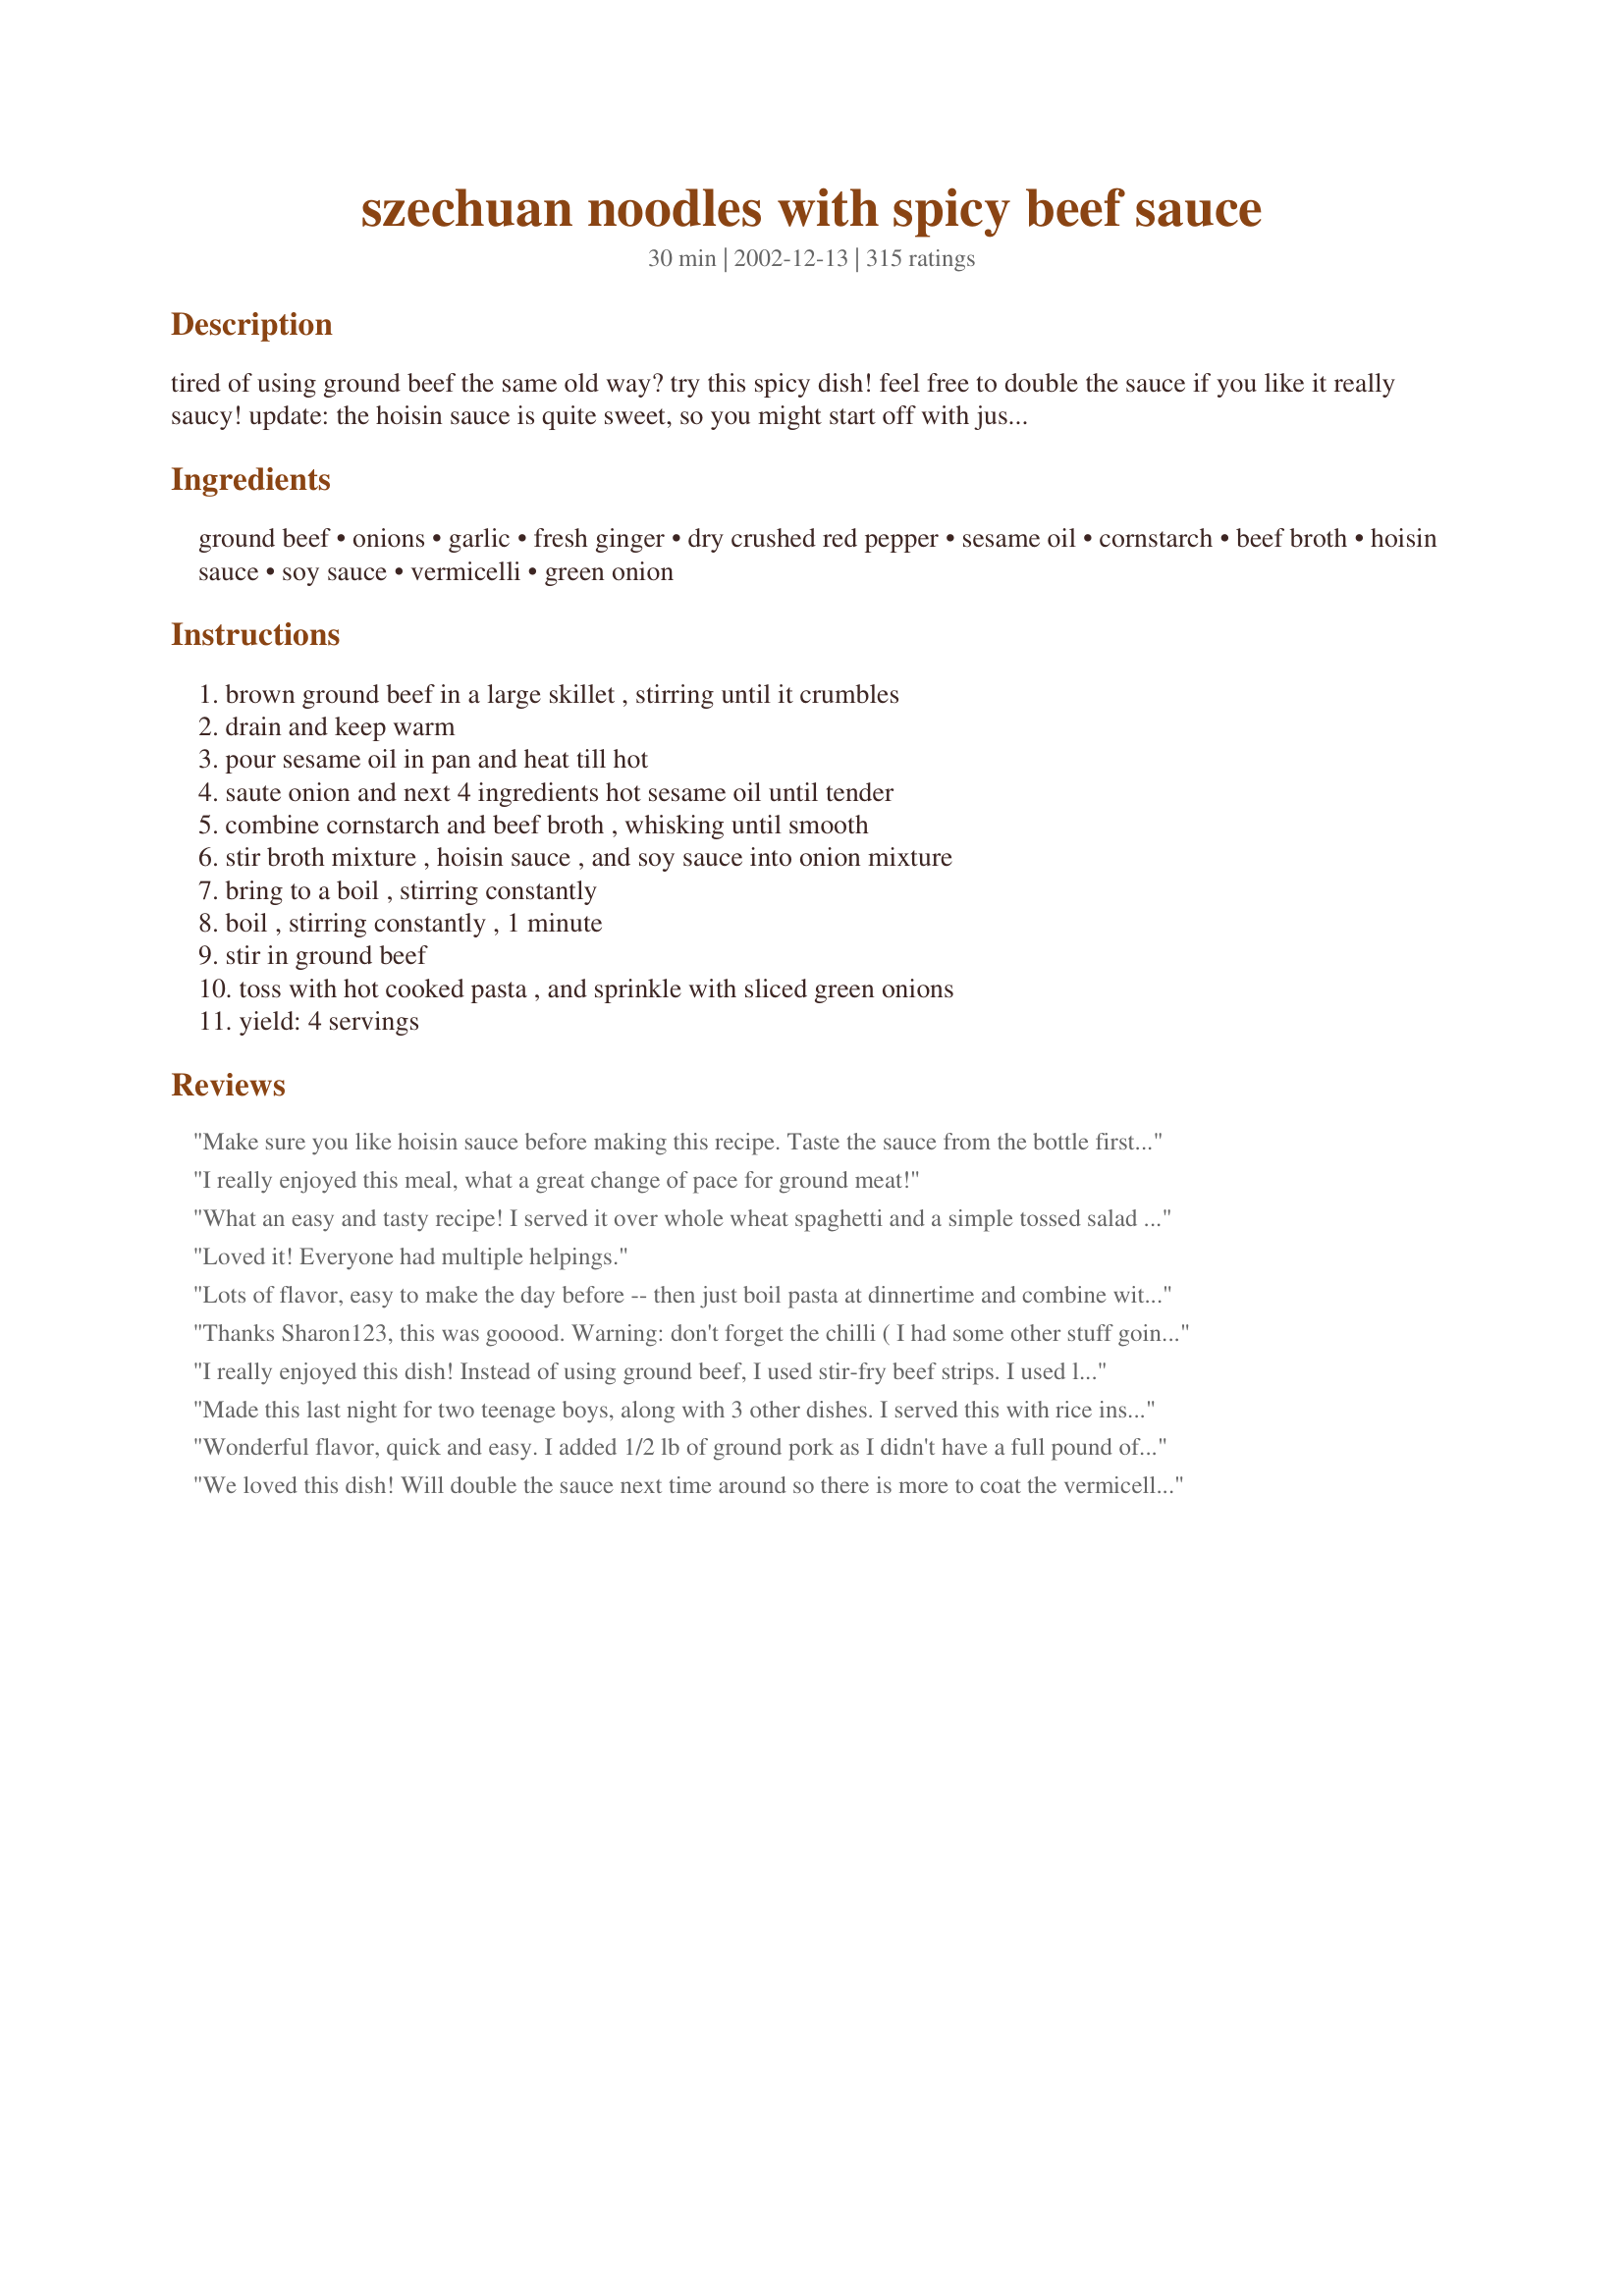
szechuan noodles with spicy beef sauce
Preparation time: 30 minutes

tired of using ground beef the same old way? try this spicy dish! feel free to double the sauce if you like it really saucy! update: the hoisin sauce is quite sweet, so you might start off with just a little and work your way up!

Ingredients:
ground beef, onions, garlic, fresh ginger, dry crushed red pepper, sesame oil, cornstarch, beef broth, hoisin sauce, soy sauce, vermicelli, green onion

Steps:
brown ground beef in a large skillet , stirring until it crumbles, drain and keep warm, pour sesame oil in pan and heat till hot, saute onion and next 4 ingredients hot sesame oil until tender, combine cornstarch and beef broth , whisking until smooth, stir broth mixture , hoisin sauce , and soy sauce into onion mixture, bring to a boil , stirring constantly, boil , stirring constantly , 1 minute, stir in ground beef, toss with hot cooked pasta , and sprinkle with sliced green onions, yield: 4 servings

Reviews:
Make sure you like hoisin sauce before making this recipe. Taste the sauce from the bottle first. I'm sure if you like hoisin, this is fantastic. However, if you find the taste of the sauce from the bottle is not your preference, this dish may not be for you.
I really enjoyed this meal, what a great change of pace for ground meat!
What an easy and tasty recipe! I served it over whole wheat spaghetti and a simple tossed salad with oil/vinegar and a little grated Parm, and it made for a delicious supper. I used a teaspoon of red chili flakes and that was just right for us heat-wise; I think, though, that I might back of the hoisin a little next time (add more soy?), especially since the DH has diabetes and should stay away from the sweet stuff. But I will certainly make it again.
Loved it! Everyone had multiple helpings.
Lots of flavor, easy to make the day before -- then just boil pasta at dinnertime and combine with the sauce. I also used a Ziploc Zip 'n Steam bag to steam a bag of frozen stirfry vegetables and combined them with the sauce right before plating. It lightened the dish and added some much-needed color -- and nutrition.
Thanks Sharon123, this was gooood. Warning: don't forget the chilli ( I had some other stuff going on! ) as the sauce is quite sweet without that nice bit of heat. Too easy!
I really enjoyed this dish! Instead of using ground beef, I used stir-fry beef strips. I used linguine, but next time I'll use the vermicelli. I'm not a big ginger fan, but this was the right amount. The flavor was wonderful and it made alot! I shared with a friend at dinner and took left overs to my mom's house. They enjoyed it too!
Made this last night for two teenage boys, along with 3 other dishes. I served this with rice instead of noodles, and it went together splendidly. This was the dish that was finished first, so it seems that they loved it. Very simple to make. Thank you for posting.
Wonderful flavor, quick and easy. I added 1/2 lb of ground pork as I didn't have a full pound of beef. I also added 1/4 c oyster sauce and an extra 1T soy to cut the sweetness of the hoisin. I deleted the red pepper to make it child friendly, and cut up a red bell pepper. Add some siracha and its an awesome dinner. Thanks!
We loved this dish! Will double the sauce next time around so there is more to coat the vermicelli. I used a little extra of the aromatics (onion, ginger, garlic, red pepper) Sweet, spicy, delicious!
this was VERY good-- and I tweaked it to make it a bit more healthy and the kids and my husband liked the plates clean. I used ground turkey and stir-fried 3 heads of broccoli, a box of fresh mushrooms, and some water chestnuts into it. I served it over whole wheat noodles. My husband even asked me to bring it to a potluck. thanks for a great change of pace with ground meat



UPDATE:

My husband made this for the firehouse on his duty day and they loved it and even asked for the recipe. Try this one!
We enjoyed this recipe. Unique flavor. Very easy. Served with soba noodles and snow peas. thanks!
Very good, we also cut down on the hoison sauce. We were very happy with this dinner and call the recipe a &quot;keeper&quot; so that we can make it again.
This is GREAT! What an awesome way to use ground beef! I omitted the red pepper flakes since my heat-sensitive son was eating it, and I left out the green onions. I did everything else as directed. My onion-hating son chowed it down, and my ground beef-hating son did as well! An all-around winner! Thanks!
Made it exactly as listed and it was delicious. It was so easy and yet so yummy!
very simple and the family liked it very much. suggestions: the sauce was very thick, so i would halve the cornstarch for a lighter sauce. I also feel it could use something crunchy, so perhaps matchstick carrots, or some shredded cabbage with the onions, or some nuts at the end. Will make again.
Very quick and delicious weeknight meal.
This was a real good quick fix. I made this on a night that I forgot we had soccer practice and it came together in less than 30 min. I was afraid to use so much crushed red pepper for the kids so I just used a pinch. If you can avoid doing that, I would suggest it. It would have been much better spicy but as it was, we all enjoyed it and even the boy ate a full serving. I cut the onion in thin wedges instead of chopping to make it prettier and next time I'll add some bamboo shoots for added crunch but over all. Some reviewers found it to be to sweet. We didn't experience that at all.
Sooo yummy...followed exact recipe except adjusted the red pepper to 3/4 tsp because of the kids...will double ingredients next time because everyone loved it, including my 1 year old..thanks for posting!
I made this recipe as is. I have not cooked with hoisin sauce before so I was a tad skeptical. Before I added the beef &amp; noodles I made my husband taste the sauce. If it was not good I was going to make something else and I did not want to waste noodles &amp; beef. He said it was awesome and kept tasting it. I was shocked because I did not think it would be as good as it was! If you want something new... OMG!! TRY THIS RECIPE! That hoisin sauce is going to become my new dipping sauce. Now I need to find spicy sesame oil and try it with oyster sauce as recommended by other reviews. My picky eater husband commented that he wants this in our rotation!! Thanks for the great recipe!
Very tasty! Next time might cut back a bit on the sesame oil. Did add a little brown sugar at the end for a little sweetness. Thanks for sharing this good recipe!
I can see this recipe quickly becoming one of my favorites! I used lite soy sauce to cut down on the sodium. I only used 3/4 tsp. of the dry crushed pepper, so as to not make it too hot for the kids, and I doubled the recipe for the 6 of us and there was about enough left over for a small lunch. Guess what I'll be having today :) This is going in a safe place so I know where it is at all times! Thank you for sharing it with us Sharon! Linda
This was good but I think I need to tweak it a bit for it to become a favorite. I didn't care much for the sweetness of the hoisin sauce so I think I may leave it out all together next time. I love cooking with fresh ginger though so I'll definitely have to try this one again when my husband isn't sick and can handle the kick of spice! I think it had the right amount of red pepper in it, but I may decrease it next time since it won't have the sweetness of the hoisin to temper the heat.
Simple to make. Tastes great. And in 32 years of marriage I've never seen my husband lick his plate until now. So this is definitely a keeper! I served this over rice and sprinkled pine nuts on top, otherwise I followed the recipe exactly. Sharon, thanks for sharing this great recipe!
I loved this! Got it a bit hot but, it was very good. I did not have the hoisin sauce. I used a substitution recipe for housing on another site that had peanut butter in it. I really enjoyed the peanut butter undertones with the heat.
This recipe was AWSOME! I desglazed the pan with a little rice viniger once I drained the beef. I also added a tablespoon of sugar to make it a little on the sweet side. So it was Sweet, Sour, Spicy and Tangy all at once! EXCELLENT!!!
Delicious! My husband and I love this sweet and spicy dish and it's a breeze to make. I also like that the ingredients are pretty basic. Try it with sliced steak. Adding sesame oil before serving makes it even better.
This is so yummy. Very spicy, very easy, very quick. A great use of ground beef.
I had to add a bit of oyster sauce to the hoisin to make up the amount I needed (I doubled the spicy beef part). I used 1 tsp of crushed red pepper which was plenty. A nice Asian recipe.
5 plus stars! Didn't know if I'd like hoisen sauce so used oyster sauce... yummy!, OMG! Doubled the sauce, sauted carrots with onions..added fresh red, green peppers and braccoli after every thing was mixed, I followed instructions and could not beleive how simple it was to make DH does NOT like leftovers and he made a plate shortly after he came home from work the next day! That speaks volumes about this recipe, I am now going to creep at SarasotaCook's other recipes!
This was a really simple dish to make. The heat was just right. I found it a little dry so I added a little soy sauce at the table.
Made this last night, only change was to use rice noodles. We loved it! It was tasty, cheap, easy and super fast, once you got everything out on the counter, even faster with the rice noodles which don't need to cook. It will be a keeper. I made it with very good quality ground steak--just yummy!
I used spaghetti noodles, and left out the green onions, but otherwise followed the recipe exactly. Nice change from regular ground beef/pasta dishes!
We had this for dinner tonight. We thought it was really good. I first doubled all the ingredients other then the hoisin sauce and red pepper. We didn't think it had enough sauce though so I then tripled the sauce. This suited our tastes and we all thought it was good. I also didn't add the green onions on top as my kids wouldn't have eaten then :)
What this does to plain old ground sirloin is unreal....I was told this was orgasmic....so I take that as good....will be making this often with the reaction I got from it...haha
We loved this. I added lots of bok choy & next time will also add mushrooms. Very spicy and very good. Added slightly less hoisin sauce as it can be overpowering. Update: I make this at least 3 times a month because my husband loves it so much. We add whatever veggies are in the house, double the sauce, and up the garlic. GREAT, quick weekday meal!
I enjoyed the flavors of the noodles, but really did not enjoy the ground beef in this. Perhaps I will try it again with steak.
Excellent flavor; extremely similar to a dish I order frequently at a local asian noodle house. Please I can now make this at home instead of going out! Extremely easy and economical to make. The only adjustments I made were making it a little spicier and didn't have green onions on hand, finely sliced shallots worked great.
I was reluctant to try this because it just didn't sound good. I was pleasantly surprised. My husband, who doesn't like spaghetti, called this the best spaghetti he's ever eaten. Thanks for something else to do with ground beef!
Very good and enjoyable dish. Added some green pepper and cabbage, tasted great. It's a definite keeper for those nights when you need a quick easy meal. Thanks for posting.
YUUUUMMMMY! I made it last night and served it over rice and it was fantastic! I decreased the amount of hoisin sauce slightly to suit our taste because hoisin sauce can be very sweet. It was fast and simple to make. I will be making this again soon and will take up the suggestion of other reviewers to make a batch and freeze for quick dinners on busy nights. Thanks for the keeper recipe!
Quick easy and delish! Had everything on hand except the hoisin, but found a good one on line. I was out of sesame oil so just used extra virgin olive oil. cant wait to make this with the sesame because I love it's flavor. Thanks for sharing.
great! would love to make again and again. nest time i want to serve with a cucumber salad to cut the heat
Fantastic. Had a package of ground beef and couldn't think of how to use it. That problem's solved. I only put in 2 Tablespoons of the hoisin sauce, and it tasted fine. I wouldn't put any more in though. Very fast cook up. I julienned a small sweet pepper into it which was great. No leftovers in the house!
I only gave this 4 stars becasue after making the sauce and tasting it, I really expected it to be sweeter and so I was a bit put off by the taste. I added 3 packets of Splenda and that fixed it for me. I also left out the green onions my DH can't digest, used a Low Carb thickener instead of cornstarch and used Dreamfield's pasta for a low(er) carb version. This turned out to be really good! I'm sure we'll have this again soon.
Wow this is very good! I was impressed! I am goign to try it again with TVP instead of beef. Thanks for the addition to our dinners.
Made this oh so wonderful dish and LOVED IT!!! With that many great reviews, I knew it would be my kind of dish!!! Loved the spices!! Served it with vermicelli the first night and heated the leftovers and served with some basmati rice. Thanks Sharon! :)
Great recipe! Easy to make and we loved it. I didn't have any hoisin sauce so I substituted oyster sauce. Very good results. Next time I might try the hoisin sauce. This recipe is a definite keeper. Thank you for sharing!
Loved the flavor! I served it over rice noodles. I think next time I will try sliced beef, and maybe add some veggies.
This was very quick and easy to throw together. It packed in a lot of flavour and a nice level of spice. Made exactly as stated and thought there was plenty of sauce. Yum. Thanks Sharon!
What can I say that 190 other people haven't said? I fixed this tonight and both my husband and I loved it. I doubled the sauce but stuck with the 1/3 cup of hoisin sauce and it was just right for us. I added some broccoli florets while the sauce was cooking. This recipe makes a lot so I'm going to freeze the rest for another meal.
Good, good, good!
I made this for dinner last night and we both enjoyed it very much.
I doubled the garlic, and used cantonese style chow mein noodles in place of the vermicelli. Other than that, I followed the recipe to a T. We enjoyed the spicyness of this dish. Thanks Sharon 123
I couldn't wait to try this recipe and made it last weekend for company. Everyone really liked it and wanted the recipe. I made it with Jasmine rice instead of the noodles, and it was great. Thank you Sharon!
I really liked this. I wondered why this was more sweet than spicy, then realized that I had forgotten to add the red pepper. Even then, it tasted great!
Very good! My family is not a big ground beef fan so I cut up thin round steak into strips, browned them with the onions, garlic & ginger and used this sauce with the noodles and beef. This goes on the "make again" list!
This has such great flavor! Fast & easy, too! I had to reduce the red pepper to 1/2 teaspoon so it wouldn't be too spicy for Mark. Also took the liberty of adding a can of sliced water chestnuts with great results. Thanks, Sharon, this is a great weeknight keeper!
We ABSOLUTELY LOVED IT! It was such a different thing to do with hamburger. And it was simple and quick. I would totally do it with a sliced beef, such as flank, or round steak. I didn't have any fresh ginger, and could not find it in the grocery store, so I used the ground ginger I have. I used alot more garlic, like 2 tablespoons, cause we love garlic (well, I do, because Husband said "I know you put more garlic then required!"), I used minced garlic from the jar. I also used about 2 tablespoons of dry crushed red pepper flakes, because we like heat.. Instead of vermicelli pasta, I used whole wheat spaghetti. I cooked my onion, garlic and red pepper flakes with my hamburger. Lastly, as others mentioned, the directions did not say where to add the sesame oil? So I added it after I tossed everything into the hamburger, and added the pasta last. This was a quick no hassle meal. The kind I like to do on a Saturday if we do not order out. Thank you for sharing!
yummy
We loved this quick, tasty dish! It is slightly sweet from the hoisin, a little spicy, and has the perfect amount of sauce for our tastes. I used ground turkey instead of ground beef and whole wheat spaghetti noodles instead of vermicelli. I also added some shredded napa cabbage and thinly julienned red pepper for a little more nutrition. I also was not sure when to add the sesame oil since it is not mentioned in the instructions, but tossed the cooked noodles in the sesame oil before adding it to the pan and tossing everything together. This was a fantastic, quick an easy one dish meal that everyone in the family enjoyed. Thank you for a definite keeper!
This is great, easy to make and the whole family liked it! I served some to my kids before adding the red pepper. My husband I added extra to ours. I also added sliced water chestnuts because I love the crunch! Very Good!
I've made this several times now, and it is really good, but sometimes it can be a little oily and I need to watch the salt in the soy and fish sauce, (hence 4 stars instead of 5). I have made it with rice, noodles, and once with steamed cabbage, (which would be good for people watching their carbs). I like to garnish this dish with the spring onions and sesame seeds. It can be stretched out to feed a lot of people, re-heats beautifully and is a really different way to use ground beef. A really good recipe to have in my collection, thanks!
All I could taste was hoisin sauce.. which was not my favorite.. I was skeptical before I made this, but thought I should try cause many people liked it... but I didn't like it at all.. waste of ground beef, and everything... good thing I didn't cook the pasta yet.. sorry..
Delicious! What a great new way to do something interesting and easy with ground beef. My 12 year old son helped with the dish, and he served it with pride as the rest of the family ate it up!
Quick, easy and delicious. This was really good, we liked the different flavor it had and it's such a good way to use chop meat. It's a keeper here. Thanks Sharon
We ate this for dinner tonight, it was pleasantly good. Nothing to die for, but can put it on my regular meal rotation. Thanks!
I really enjoyed this recipe and thought it was very flavorful, while being easy to prepare. I did not have a problem with the sauce yield, as mentioned by other reviewers. Definitely a keeper!
Very tasty and quick to prepare!
I made this pretty much identical to the original recipe (minus onions) and while I will try it again, I think it needs a little work. Probably a 4-4 1/2 star. It was a little bit hot, but I used the higher amount of red pepper, so I'll probably cut that back next time. And I think it could use some more veggies, maybe some peas and carrots, or some bell peppers. Other than that, it was very good and tasty!
Great recipe. My household prefers a bit of 'pep' in dishes so I added a tablespoon of dry sherry and a couple of chopped, deseeded red chillis. Very quick, easy and economical recipe so will be doing again. Thanks!
Great recipe.. very delicious, easy to throw together and quick, too. Thanks Sharon!
This was quite good and a different use for ground beef (or turkey, or chicken etc). Thank you Sharon for sharing the recipe.
This was so good! Normally, nothing is spicy for me, but this was! (A good thing!) I used 1 teaspoon crushed red pepper, and substituted the fresh ginger with a proportional amount of ground ginger (dried). I think that I had a cup's worth of beef broth (1/4 cup more didn't make a difference). I was bummed that I couldn't find hoisin sauce anywhere, but was happy to find that others used oyster sauce (I used a little less than 1/3 cup). Also, I used about 1 teaspoon of sesame oil. Ooh I just loved the results! I can't wait to get my hands on some hoisin sauce and see how that tastes! This dish was super easy to prepare, and was done in no time at all. Thanks for posting! I will be making this again and again!
I made this last night and my fiance was still talking about it this morning! I used 2 tsp crushed red pepper (we like it really spicy) and added a julienned red bell pepper when cooking the onions. I was out of fresh ginger and substituted ground but it was still excellent! The vermicelli noodles were really good - we eat a lot of rice so it was a nice change. This was very easy and a great way to cook ground beef. I will be making again soon. Thanks Sharon!
What a great flavor! This came out fantastic--the meat turns out soooooo good! I gave it 4 stars instead of 5 because it really wasn't very saucy. I think next time I will either double the sauce, or add water to the beef broth mixture. Thank you for this recipe.
I've made this three times now, once with green onion and twice without, and all three times using spaghetti instead of vermicelli. It works great as an alternative meat sauce for those noodles.
DELISH!!!!! Will make again!!
We loved this so much! I loved the combination sweet, hot, and salty! Served over Chinese noodles it was a huge success with us!
Pretty tasty. Reminds me of a dish that I used to order at a local Chinese restaraunt (back in my non-vegan days). I replaced the beef with soy crumbles and overall, the flavor was great.
Great flavour, easy to make and a new way to use ground beef...love it! I only used 1 Tbsp of sesame oil to reduce the fat content a bit but this recipe needs no changes if you're not worried about fat. Be sure to use the green onions. They add the perfect finishing flavour. I think I would like this served over rice next time. Fantastic recipe. Thanks, Sharon!
This was very good. So easy and a big hit with my hubby. Will make again! Very nice flavor! Thanks for a hit!
Nice heat- spicy but not "take your head off spicy" I used fat noodles instead of vermicelle.. Lovely to have this tasty meal on the table in under 30 minutes. Recipe made as posted except I used 1 tbsp Sesame oil. I made the full recipe and have 3 servings ready for the freezer. I did not put the noodles in with the beef. When I defrost one I will try it with the rice vermicelli ThanksSharon123 - great recipe
Surprisingly enough, my daughter loved this. I thought it was quite an interesting twist on hamburger--Alas, it was too spicy for my wimpy husband. I thought it was plenty sweet, if not too sweet for my taste. I added a little rice vinegar..I don't recommend that addition! Next time, I plan to use Sriracha instead of red pepper flakes. I also liked the idea I read of using water chestnuts for added texture to this--again, This is a winner..And EASY!
Good and quick!
We really enjoyed this nice spicy dish. I did cut back a little on the crushed red pepper and hoisin sauce. Both DH and I thought it would be better with regular noodles or rice which I will try next time. Thanks for a great recipe.
What a great recipe!!! I used ground pork and chicken broth and added some oyster sauce and some sesame oil also some veggies. Husband loved it! Me, too! There are so many different things that can be done with this recipe! Thanks so much for posting this!
Very easy, great flavor. Will probably serve with rice next time. My family loved this!
Made this about 8 times now (using this as a base, I'm not a red pepper fan).... most times with Oyster and twice with Hoisin but I definitely prefer it with Oyster sauce tho... (and I also added sweet thai chili sauce once.. and that was yummy!). I LOVE this recipe.... it's now going to be a regular, great for a different twist to mince when you're sick of lasagna and/or spag bol!
We really enjoyed this and I found it very easy to prepare. Even my children that do not enjoy "spicy" food raved about it. I try to avoid ever changing a recipe on this site as I want to give them a fair chance as written, however, we had sliced beef so I used that and also added a few handfuls of frozen vegetable mix to it . In addition I had no sesame oil and used Olive Oil and Ramen type noodles instead of vermicelli. I'm guessing those changes did not affect the quality as it was delicious and we will use this recipe again and again. My Husband commented on how it makes a little meat go a long way as well. Thanks for sharing :)
Wow, Sharon this was awesome!! Added just a little more garlic. We love garlic here. So sorry, I don't know how I missed posting this review. Definite keeper here!! Thanks Sharon ; )
Awesome! Sweet &amp; spicy is the best flavor mix!
Delicious and easy. I added some broccoli to mine to make it a one dish meal. Everyone loved it. I will be making this again. Thanks for sharing.
Really good and quick too! Kids even liked it, though I didn't add as much red pepper. It's a keeper!
This was super tasty and very fast to put together. I used pepper flakes rather than crushing them; sprinkling over the right amount for our liking. I was hoping to have leftovers as this mixture would be delicious in wraps; but alas, this was not a happening thing :-(
WOW!! What a great way to use some hamburger meat. I didn't have the green onions on hand BUT I did use something called broccoli slaw. I cooked it a little bit and threw it in with the mix. YUMMY!!! A GREAT way to trick thoes who dislike veggies. I definently will be making this again!! Thanks SharonBTW I used cabbage in this as well(about 2 cups) and it was GREAT!!)
This was very good, I did exactly what the recipe said. It was A LITTLE too spicy for our family's taste. So I think if I made it again I would put only 1 teaspoon of crushed red pepper in there instead of the 1-1/2 that I did. But other than that I enjoyed it alot! Thanks so much for a nice dinner!
Cheap to make and Oh so good and flabourable. I did serve over rice once I found out I didn't have the vermicelli noodles in the pantry - but the DH was disappointed there wasn't left overs as he felt the mince with the rice would be great in toasties and he wants to try it with the noodles and the big one was it had a spicy bite which even the DM devoured. After making though and the reason ours may have been so spicy was that I used dried crushed chillies [1 teaspoon] (home grown and I know they are hot) but that is also what we usually buy here in Australia (my awareness now is that crushed red peppers are dried red capsicum/bell peppers) but would recommend the chillie option if you like spice and hot. Thank you Sharon123 for a great recipe, made for Potluck Tag.
This was good and very simple. We (or should I say me?) like our noodles pretty saucy so I doubled the sauce ingredients without doubling the beef. Cut down on the heat so my ds8 would eat and gobbled it up and asked for seconds that is definitely a good sign.
10/10 I make this with chicken and make it saucier so add more beef broth. I have done it with mince as well but prefer diced chicken breast and so does my family. I either serve it with rice or pasta. Either way its 10/10 from my family!! It's simply gorgeous even though i cannot pronounce what it's called LOL! I also add red bell pepper/capsicum green capsicum and celery! not too spicy and i have a very sensitive tum! Thankyou for this brilliant recipe it's a weekly fave!! Never give reviews on recipes but this is by far the best! You could also used diced beef or pork! anyone who doesn't like this is crazy!! I simply set up my laptop on my kitchen bench and read it! Instead of cook books! You don't need to add a lot of Hoisin just a tiny bit the flavour is in the ginger really and the slight bit of chilli flakes. Don't add a lot of soy sauce very minimal. Thanks heaps for sharing this! can you please tell me how to pronounce this and also what country this originates from please. :)
OK, I did find this tasty but nothing that I really loved. I followed recipe except for fresh ginger-maybe that made a difference. Good but not on my make it again soon list. Sorry-I know it got a ton of 5 stars but my thoughts. I cook A LOT so this is not a beginner.
This is great,I also added more broth. Will make again&again!Served with rice and broccoli.Thanks.
Absolutely fantastic! did add some jalapenos because my GF likes it really hot (like peel the paint off a car hot). Would definitely cook this again and recommend it to others.
This was very good and I think it would taste even better if I remember to put in the ginger the next time. LOL!
This was very simple to make. I only had ground pork on hand so I used that. Also I only had a little bit of hoisin sauce so I used oyster sauce instead. Everyone in our house loved this, even my daughter who does not like meat. I made this in the morning and it reheated well for supper. Thanks for the recipe.
EXCELLENT!! I love trying new things and impressing my husband with it. I don't always READ recipes well OR I change things and wonder what went wrong - so this was a WIN!!! Followed the recipe to the T except I used slightly less hoisin sauce (because I read people did in a lot of reviews and I have never had it before so I was uncertain) and made up for it with more beef stock. This was even better the day after AND the day after that!! I used linguine noodles for a &quot;lo mein&quot; feel, but husband says thinner noodles next time. :O. I lied!! I added half a can of chopped water chestnuts and some frozen peas. You could add so many different veggies and it be wonderful! GREAT recipe!! Thanks for posting!
Based on the previous reviews I decided to use 2 tbsp oyster sauce, 2 tbsp hoisin sauce and 3 tbsp soysauce. I also used ground chicken and chicken broth. The flavour was fantastic and it was super easy to throw together. Next time I will add som vegetables like cabbage, snowpeas. Made for Everyday is a Holiday.
Very good over rice. This is a good emergency meal, as I have most of the ingredients on hand all the time and it goes together quickly. Thanks for sharing!
I HAVE to add another review. Oh this recipe is so good! Nice and spicy, I love it. Very Asian flavor, really hit the spot for an Asian meal without paying for take-out. Great for me to take to school for leftovers also. Thanks for posting!
1st review: Excellent dish that came together with ease. I had all the ingredients on hand. DH gave it a big thumbs up. It had a nice spicy kick to it. I will be making this again. Thanks for posting. Update: 3/1/07 Here I am again! This time I made it with ground Turkey and whole wheat vermicelli. It still came out excellent! Whenever DH says "This is really good!" I know I have a winner. This has such a great flavor to it. It's also so easy to make. Happy cooking! Thanks, again Sharon123 for posting.
Easy & excellent. Everybody loved this! Made for the Chinese/Vietnamese New Year Tag. Thanks, Sharon!
Yummmmmmmy! I printed this recipe a while ago and finally got around to making it.....what was I thinking! This is fantastic and we loved it. I was a little concerned it would be a bit too spicy for my youngest but he had two helpings.....We will be making this alot. I used spaghetti instead of the vermicelli and only used half the crushed red peppers and it suited us perfect.....thankyou for a great recipe....Stephanie
My kids thought we were having regular spaghetti and meatsauce and looked at me like I was koo-koo when they tasted it. A great "gotcha" moment. They now call this Chinese spaghetti. I used 1 teaspoon pepper flakes and that was just right for them. We liked the flavor, but I will probably add just a bit more ginger, for my taste. Thanks for the post.
Yum! I followed Deantini's advice and used chicken mince and chicken stock, the sauces plus I added a good glug of kecap manis, and all the veges I had. Made a very large healthy meal with enough chicken for flavour and protein, and loads of veges. Everyone loved it and dinner is already ready for tonight!
This was truly brilliant. Everyone LOVED it. Took me a lot longer than 10min to prepare though.
Very delicious!!!! A dish I'll be making again and again, cuz it's very fast and great!
I thought it was fairly easy, I didn't have ground beef so I used thin flank steak instead. I have a similar recipe I used to use, next time I think I will try to add more veggies, like mushrooms...mmmm! Well thanks for the recipe.
LOVED this!! Didn't have green onions will buy some for next time we enjoy this dish. We also think some chopped cashews or peanuts would be good sprinkled on top. Can't wait to have the leftovers tomorrow! Thanks for posting!
This dish was simply "okay" when it came to my DH and I. It was the first time either of us had anything with Hoisin sauce in it, and most likely the last. The dish was too sweet for us (even though I put a little less hoisin sauce than asked!). It was a quick meal though, and to me that was the best part. Seems tons of others love it though =P Congrats for that.
Holy crap, my mouth is on fire. I stupidly put 1 1/2 heaping teaspoons of red pepper in. Ouch, ouch! Aside from that, this was very tasty. A bit too goopy, so I added some water to make it slightly less so. I doubled the sauce mixture (hence the 3 tsps of red pepper), which I felt was the right amount of sauce. I also mixed in the green onions right before I put in the beef to let them cook in a bit. I used Soy sauce with less sodium, and I think I'd have preferred regular soy sauce as the recipe called for. Hindsight 20/20, right? ;)

Thank you for this tasty recipe! I will be making this again, though next time, I think I'd prefer rice instead of the vermicelli, but that's just a personal thing. I'll also try to lessen the fire-mouth by putting the lower amount. :)
My husband and I thought this was great! I did make a couple of changes though to suit our preferences. I substituted beef pieces for ground beef and rice for the vermicelli. It is now a regular in our household.
Great Szechuan noodle. I made this minus the beef and served it with Recipe #187477. Very filling meal.
Delicious! What a great dish that is spicy and sweet and so flavorful-DH especially liked it. I followed recipe exactly except I served over white rice (didn't have vermicelli). I also added stir-fry vegetables and mini carrots to the meat mixture and frozen peas and corn to the rice. Served w/ hot and sour soup and salad w/ Recipe #1985. Looking forward to leftovers tomorrow. Thank you for a great recipe!!!
Another convertee to your dish! I needed something quick & Asian inspired for dinner. This was certainly a great choice! I adjusted down to 2 servings & it still tasted JUST RIGHT! Thanks for sharing your recipe with us!
This is delicious. I like to use part hoisin and part oyster sauce, the hoisin sauce alone is a little too strong of flavor for my family. I sometimes serve with rice instead of noodles.
Used ground chilli instead of crushed red pepper, and less than the amount of hoisin sauce recommended. Served over fettucine. Easy to make and tasty.
I can't believe I have not reviewed this recipe. I make it at least once a month and we love it. I have also made it for company and it is always a big hit. I make it exactly as posted except for adding a splash of oyster sauce. I prefer making it with whole grain spaghetti, but will make it with any spaghetti I have in the house. Easy to make and very delicous to eat. Thanks for this great recipe Sharon123.
I love this recipe!! Great for something different to do with hamburger! The only thing I will do next time is cut back on the Red Pepper. But I must tell you I still love it..But only me and I have to find someone that will eat something a bit spicey!! Great Recipe! Thank You for sharing with us. Hugs
We really liked this a lot!!! Sweet and spicy, and so easy and fun to make!!! Thanks, Sharon!!!! :)
Forgot to give 5 stars and it won't let me do it now.. sorry! 5 stars for sure!

My husband made this for me and he used beef strips which was wonderful. 

I am having him buy more noodles so I can make it as a lunch without any beef.. just noodles with the sauce. 

It has great flavor.. Like the noodle place on Will and Grace... Hot Plate.. Hot Plate.. (If anyone saw the episode you will know what I am talking about.. lol)

Thank you for posting this dish! Wonderful!
Amazing! I have made this twice now once with ground beef once with beef strips, I doubled the sauce ingredients and added some veggies 1 cup of chopped broccoli and 2 peppers. Both are equally good. Its the combination of the sauce ingredients that makes this dish so special. Very easy to put together. Thanks Sharon for posting another great recipe.
Followed the recipe exactly, very easy and quick to make, nice blend of flavors. The leftovers were also very good the next day for lunch.
I can't believe I've waited this long to review this!! I make it 2 or 3 times a month!! It is VERY good. I think it is the perfect amount of hoisin sauce (and it appears that some people have made some unfortunate substitutions!).
I made this the other night for dinner and it was really good! I substituted whole-wheat noodles and I think it turned out to taste more like an authentic Asian dish. Definitely will make this again!
I made a vegan version by subbing the hoisin for soy sauce and the beef for red beans. Good meal! Just the right amount of spicy, easy to prepare, and the beans stand in really well for the beef. Thanks for sharing!
We really enjoyed this. Even my one year old gobbled this up. Nice, easy and inexpensive to make. Thanks for posting!
YUMMMMM!!!! Even better the next day reheated. Will make again, soon.
We LOVE this sauce. We've made this as shown and really enjoyed it. The ground beef goes a long way (I now use less). Some variations I've done are to make this with flank steak and tenderloin, and have also served over rice.
i was excited to try this recipe because it sounded quick and different. i made it last night for dinner and got the thumbs down from husband and two kids. i wasn't fond of it either and would not make again.
I used chinese noodles and it came out so good. Everyone was raving about it and asked that I make it again, so I am saving it to my favorites to do just that! Thanks!
This was AWESOME! I've been eyeballing this one for some time and I'm so glad I finally got around to trying it! I used turkey instead of beef and used the entire 1 1/3 pounds of meat; I didn't increase other ingredients but it still worked out okay. I only had a scant 1/3 cup of hoisin sauce but thought the sweetness was just right so I'll do it that way again next time. I also used angel hair pasta. This was simple and very, very delicious! THANKS!
This turned out really good! My daughter was in the mood for lo mein and we had some leftover cooked pork loin so we put it together with this sauce. Easy and flavorful. Thanks for posting.
Fabulous! Thanks for a new noodle number. This is a definite keeper.
I came across this recipe while searching for a simple weeknight ground beef meal. The idea sounded interesting but a little bland, so I gave it my own twist.

I used coconut oil rather than sesame oil to saute the onion, garlic and ginger, and used chili-garlic sauce in place of the dried red pepper. I halved the amount of hoisin sauce and made up the difference with oyster sauce. I used a bag of fresh Asian stir-fry veggies, nuked for 3 minutes and then added to the skillet with the ground beef in step 6.

Served it all over cellophane noodles.

This was an excellent dinner that my family enjoyed and, with the addition of the colorful vegetables, it looked great on the plate. I give the original recipe four stars because I feel like it is a fantastic foundation recipe, just waiting to be built upon.
As is, it's too spicy for me but my husband and son enjoy it. They gave it the 4 star rating.
Very good, but added Oyster Sauce and Chili Sauce too...as is Asian Chili sauce. I doubled the sauce too. We like it saucy!
Five stars--no, ten! This is requested by my kids at least once every single week--probably the most requested recipe in my kitchen repertoire.
Easy and delicious with ingredients I always have on hand. I cut back the red pepper because of the kids. This really satisfies the craving for chinese and is now part of the regular menu.
This recipe was DELICIOUS! Very quick and easy. I read many reviews about this recipe before making it, and became very hesitant about puting the hoisin sauce in. I decided to go ahead and try it anyway. I would never make it without! Most complained that it was too sweet, but I thought it was just PERFECT! The only thing I did differently was add a bag of frozen asian style vegetables (carrots, pea pods and mushrooms). It gave the pasta a LOT more color and added a nice flavor. I will definitely add this to the list of my favorites! Oh...and my husband LOVED IT!
This was good, but I felt it was lacking a bit in flavor. SO liked it more than I did- I think my expectations were higher for the end result.
My husband really enjoyed this. It was super easy to make.
THIS RECIPE IS THE BOMB!!!!!!
I can't believe how fantastic this is. We did a Asian night and tried all sorts of dishes off of Zaar, and without a doubt this was the BEST dish. Thanks, thanks, thanks, Sharon.
Deb
Really good. I know I'll make this again. I used ground turkey and instead of vermicelli used organic udon noodles. Kicked up the spice a bit more and just yummy yummy. Also- this is MUCH heartier than expected. Filling, satisfying. Can't wait to eat the rest tonight.
Yummilicious!!! The first time I made this I followed exactly. Tonight I made it again and used the canned roast beef that Costco has started carrying and it was awesome!! Thanks so much for sharing! :O)
I really liked this recipe. I had found it by searching for recipes using Hoisin sauce. I had always been curious about this sauce, so I just bought myself a jar, then searched for recipes. I cut back the amount of red pepper flakes for my first try, but I now know I would like more in than what I had put in. I called this "chinese spaghetti". I can't wait to have this dish again only using more red pepper flakes. I may even add a little more ginger for my tastes. Thanks Sharon for such a great recipe.
yum. this was good even though i let the bf help me and he made the mistake of not combining the cornstarch, beef broth, hoisin and soy sauce before dumping them into the onion mixture. I really liked the flavor of this dish. Next time I will double the sauce.
I really liked it! I think it would be great to add broccoli or snap peas.
WOW!! This recipe is great! I also had to substitute Oyster Sauce for the Hoisin Sauce because it is all I had on hand. No idea as to what extent this change made in the flavor, but you have a hit recipe, either way. Absolutely delicious and I will be making it again. Thanks for sharing!!

I used Asian noodles in place of the vermicelli, to make it more authentic. They cook up much faster than regular noodles, so if you use them read the package. This dish had great flavors going on and was just spicy enough for us as written, using 1 tsp. crushed peppers. Everyone really enjoyed it and we will have this again definately! Thanks!
Great recipe! Easy to make. I use udon noodles.
This was just ok. My family ate it but it was not something that was good enough to make again.
A little sweet for my tastes... would maybe leave out the hoisin or at least decrease the amount.
Tasty - with a very unique flavor. I think it would be better with more vegetables (maybe cole slaw mix, mushrooms, water chestnuts, you decide). Thanks for sharing.
Like this dish needs another review! Sweet and spicy as other reviewers said. I added 2 tablespoons of hoisin because I just couldn't imagine 1/3 cup. Otherwise, made as directed. Thanks, Sharon123! Made for Bergy's Ground Meat Sept '08 Game.
I thought this was fantastic. Even the leftovers were great. Thank you for sharing this recipe.
Just yummy! This is a great recipe. I really enjoyed it. I cut the hoisin back to just 2 tablespoons and added 2 tablespoons of oyster sauce, too. I just about doubled the liquid because the sauce was just a little too thick for me. I didn't think it was spicy enough so I added some habanero peppers, too. I like things really spicy. This is a keeper, thanks.
Thank you for sharing this simple, tasty recipe! I used whole wheat spaghetti -- it worked great.
We thought this recipe was okay. Halfway through I realized I didn't have any Hoisen sauce, which may have been part of the problem. I tried to add some extra soy and a little lemon juice to spice it up, but it still ended up really bland for my families taste. I may try again with the Hoisen to see if that helps.
My family found this to be much too sweet. It smelled wonderful up until I added the hoisin sauce, though. If I made it again, I'd leave out the hoisin sauce altogether. DH discovered that adding a bit of sriracha sauce helped cut down on the sweetness. It looks like the main reason anyone rates this low is because they (like me) don't care for the sweetness of the hoisin sauce. This was my first time using hoisin sauce, and if I had known it was sweet, I'd have probably skipped trying this recipe at all. I think this recipe could avoid some of the lower ratings by mentioning the sweetness of the dish in the recipe description.
Thank you! I didn't have all of the correct ingredients. I used flour instead of corn starch and an Asian garlic marinade instead of hoisin sauce. It came out wonderful! I also threw in some broccoli to make it a one pot dish and the family loved it! Thank you Sharon123!
Loved it. really nice. the blend of the spice is just perfect.
next time i would add up steamed broccoli. it will make the a healthier dish.
I made it with soy crumbles instead of ground beef and it was great! A little spicy for my liking as I knew it would be with "spicy" in the title so I adjusted and added a little less crushed red pepper. I have two kids 3 and under and they both devoured it. Great recipe.
Easy, inexpensive and very tasty! I added some broccoli and mushrooms in with the onions and garlic, that added some color and texture. Thanks for the recipe!
I guess that we are the only people in the world who didn't like this recipe... Dh ate one bite & asked for something else. I really wanted to like it, but the flavor was off for me. I had never used hoisin sauce before, so perhaps that is why we didn't like it. Sorry for the low rating!
Very tasty and easy! I love new ways to use ground beef!
We really enjoyed this dish. Next time I would do a few things different. I would double the sauce so there is more to cover the pasta. I would also add veggies, such as mushrooms. Definitely worth making again!
delicious!!!!
Prounced: SheshJuan
WOW! What great flavor! I cannot wait to try this with sliced steak rather than ground beef - I think it will be incredible.
So easy to make with ingredients I keep on hand. I'll be making this again and again.
A fabulously different way to use ground beef! I added a little 5-spice powder because I have some and never get to use it, lol. I also used ground ginger, and only a tiny bit of red pepper because we are wimps. The dish was not much more time consuming than a hamburger helper, but much, much tastier! This will be a regular in our house. Thanks for sharing!
Neither my husband nor I cared for this. I found this dish to be very unbalanced. There was way too much hoisin causing sweetness to overpower the entire dish. I tried adding some vinegar before reheating the leftovers to counter the sweetness. That helped only marginally. Overall, as far as the hoisin is concerned, I think using only a tablespoon or two would improve it substantially.
sooo good! this has just the right amount of spice and sauce to go with the noodles!! this was really tasty, we loved it!
Excellent! My husband loved it. What more can I say? Great combination of flavors-I added mushrooms and bell peppers and a little less crushed red pepper flakes. There are so many possibilities for this recipe. Thanks, Carole in Orlando
Loved this. So easy and definitely a nice change of pace with ground beef. I used sriracha rather than dried crushed red peppers, and about 2 tablespoons of the hoisin. I also sauteed 3 small sliced yellow squash with the onions to make it a one-dish meal. Tasty! Thanks for posting.
This was easier than I thought it would be. Next time I make it, I'll have to cut back the crushed red peppers quite a bit since I have a house full of wimps! I only used 2 rounded tablespoons of hoisin sauce, and we liked the flavor that gave it. Thanks for giving me something else to do with 1 pound of beef!
Came across this recipe just looking for something different to do with ground beef....well actually antelope. This recipe is very easy and even tastier. Will definitely add to the rotation. I used stir fry noodles instead of spaghetti....turned out great!
I have to give this 5 stars. I asked DH how he liked it and he said it was excellent. (I don't get that very often). He wanted to eat the batch last night but the leftovers were already planned for his lunch today. I had to substitute oyster sauce for the hoisin sauce. (I have never used it). I wasn't sure if anything would work as a substitute but I read through the reviews and others said that it had worked. I will try this again with the hoisin sauce. I can't imagine it could be any better. Thanks.
Very tasty! I used just three shakes of red pepper however and Dh thought it was too hot (wimp!). I used whole grain pasta (and only half the amount) to cut carbs and added about 1 1/2c. chopped cabbage in with the onions. I did add a little more soy and hoisin sauce than the recipe required. I thought it was great, and I will make it again!
March 8, 2010 Tasted pretty good. We didn't find it too sweet at all.....
Thanks for posting :)
Update April 29, 2010 - The more I make this the more I love it!!!
It just didn't appeal so much to me. Maybe I will try it with a double sauce and give it one more try. Nice to do something a little different with the ground beef, that part was fun.
Great base! I have never made a dish such as this one with ground beef. I used 92% lean beef, so I did everything in one pan (I&#039;m big on dumping in ingredients &amp; using few dishes).&lt;br/&gt;&lt;br/&gt;Some people complain about changing recipes, but I love to--based on my tastes &amp; what I have on hand. I really liked this recipe &amp; read through reviews to see what others had added.&lt;br/&gt;&lt;br/&gt;Mine tasted great--in addition to the onions, garlic, ginger, Hoisin sauce, sesame oil, soy sauce &amp; beef broth, I added chopped carrots and celery (done in the food processor), some toasted slivered almonds, a can of julienned bamboo shoots, some fish sauce, and some Mae Ploy sweet chili sauce (I left out the red pepper flakes this time to be kind to my stomach). I served it over boiled rice noodles. This combo no doubt crossed a bunch of time zones, but I treated it as I would fried rice or jambalaya--used what I happen to have.&lt;br/&gt;&lt;br/&gt;Thanks so much to the poster!
I asked at the dinner table, "What do you think, is it a keeper?" They all said, Yesssssss! (I did sneak in some julienned carrots and red peppers, sauteed in sesame oil, just to get more veggies into them. lol)I am anxious to try this sauce recipe with other meats and veggies too. Thanks for a very versatile recipe, Sharon!
This was great! I used leftover grilled steak diced up and threw in some raw broccoli..it was delish! Thanks!
This recipe was mentioned on one of the 'what's for dinner' threads and when I looked at it I knew it was going to be something my family would like.
It's one of those a little bit of meat goes a long way type recipes..not to mention the great flavours.
Quick and easy to put together.
Thanks for sharing.
Great change of pace for ground beef and easy weeknight meal. I measured with my eyes and it still came together nicely....my kinda recipe. The addition of various vegetables could transform this into many different dishes. I added hot chili sauce...yum!
I like the taste of this dish and that it is a one dish meal. I doubled the recipe and there was enough to serve 10 people. Next time I will triple the sauce as it wasn't quite enough for our liking. Thanks!
This one really surprised me! Followed the recipe exactly and it tasted amazing! It really kills the monotony of the same ol' ground beef dishes. It had the perfect Asian kick that I love. The ginger gave it an amazing flavor. This one was gobbled up fast! No leftovers on this dish! My picky 19 year old daughter even loved it...onions and all!!
This doesn't need another review, but here it goes. I followed the recipe as stated and then add a bag of frozen stir-fry vegetables. great tasting and very easy.
Loved this! I was leary at first of how hot hoisin sauce would be, but it's very mild. The spice in this dish would most likely have come from the red pepper flakes which I omitted for my little one. Served with steamed broccoli. Added more noodles than called for, but wanted some leftovers for tomorrow. Can't wait to get into them! Thanks for another dish that will be going on regular monthly rotation.
My husband really liked this, and I thought it was pretty nice as well. I ended up using the full amount of hoison sauce despite being apprehensive about the sweetness (because my husband can't stand sweet taste + meat... but this was fine) - the crushed red pepper is crucial to balance it. After sauteeing the onions etc in step 2, I added in about a third of a cabbage (maybe 2 cups shredded) and about a cup of sliced white button mushrooms. And sauteed both of those with the onion mix until soft and "wilted". Then I proceeded with the recipe, adding the broth etc. I loved the extra veggies for crunch, nutrition, and stretching the meal... they also weren't visible so picky eaters probably wouldn't notice. I'll probably add more mushrooms next time, and maybe thinly sliced carrots. broccoli might work too. thanks for a versatile, easy meal!
Quick and different. The first time I made this it didn't go over very well. The general concensus was too spicy, way too much onion, and the hoisin sauce overpowered the rest of the sauce; everyone wanted to trade half of their dinner for something else. This time I used only 1 tsp red pepper, subbed cabbage for half of the onions, and for the sauce I used 3 tbsp hoisin sauce, 2 tbsp + 1 tsp oyster sauce (for a total of 1/3 cup), and 3 tbsp soy sauce. I also used rice noodles instead of vermicelli. Definately did the trick; my family thought it was very tasty this time and there wasn't a bite leftover. Thanks for sharing.
Sorry to say that I wasn't that impressed with this recipe. Maybe my expectations were too high based on the wonderful reviews but I thought that this was just ok and most likely won't make it again. I thought it was a bit labor intensive for just a "meh" outcome. I tasted it after it was done and thought that it was definitely missing something so I tried adding a bit more soy sauce, hoisin sauce, crushed red pepper and even added a little brown sugar but it still tasted bland and as if it was missing something. I have another ground beef recipe for Korean Beef that is WAY better and I will use that recipe instead from now on.
This was very tasty but I feel that it needed something more. I added mustard greens and that helped somewhat.
Wonderful recipe with lots of flavor! Little spicy for my kids. Will be making again .Thanks!
This made us a very nice dinner tonight. I made as directed using the full amount of red pepper flakes. I liked it more than my DH. I think I will need to cut down on the hoisin sauce for him next time. We will definitely make this again. Thanks Sharon for another great recipe. Made for Ausie Swap #25.
Yum-o-licious. This is a great beef recipe to make. It's quick, and I usually have all the ingredients on hand, Thanks Sharon for the 5 STAR recipe.
This was a great way to use ground beef. I could taste every ingredient in this dish which made it a treat to bite into. It was also very easy to throw together. I bet the gravy would freeze very well for OAMC-type menus. I'm sorry the picture didn't turn out so well. I was hungry. :oops:
Very good, I'm thinking of trying it with some stew meat cubes next time. A nice basic meal.
We had this for dinner tonight. My DH was kind of thrown off by the ground beef, but he ate his and DS's. I only had whole wheat thin spaghetti, which I doubled as I like more noodle than meat in this kind of thing. I doubled the sauce and used only 3/4 of the red pepper since I was trying to get DD to eat it. It was still to spicy for her, oh well more for me. I had never used hoisin sauce and kept that to 1/3 cup adding it in gradually to suit our taste. DH has asked that I try a chicken version of this. I'll let you know how that goes. Thanks for sharing you recipe.
This was really good. I love the flavors. I didn't have any cornstarch (thought I did) so the sauce wasn't thick enough really. I'm sure that would have made a big difference in the texture of the sauce. All in all it was very good. Served it with a salad with a wasabi dressing. A nice meal. thanks!
This was good. I made it as written but used soba noodles and added some broccoli. I found the sauce a bit thick but the favor was great. Maybe some more stock next time. Thanks for the great recipe!
Oh my, this was delicious! I originally reviewed this a while back, but found myself craving it again it was so good. Now I am upgrading it from a favorite to a best of the year! It does take a bit of time to prepare, but it is worth it. We thought the amount of soy, hoisin and sauce was just perfect, and not sweet at all for us. I used ground turkey and halved it, so that I would have room for some veggies (a red bell pepper and mushrooms, as other reviewers did - the second time I also added water chestnuts). In addition, I at least doubled the ginger, used 1/4 tsp of the crushed red pepper and just drizzled the sesame oil over at the end (so used far less). It went perfectly with rice noodles, but I am sure it would also be great over rice. I bet tofu would work super in this too, if you are a vegetarian. Thanks for a fabulous meal!
Really great recipe. I made a few change but not to overall ingredients. I doubled the sauce as others suggested but used 1 lb of meat. I browned the meat, onions, garlic and ginger together and added mushrooms and green pepper after some browning. Steamed some broccoli and carrots and added them in right at the end.
After cooking, I tasted and realized I had forgotten the crushed red pepper ( a definite must or it will be very bland) so I added about 2 tsp; it was perfectly spicy for me but perhaps a bit much if you don't like spicy food. I served it with rice but just because it was the easiest thing to make.
Over all, a great recipe - I loved the hot and spicy flavour!
This is something that we make in house at least a couple times a month. It is so easy and so tasty. We just use dried ginger and add in more soy sauce than posted. Thanks for this family favorite.
Yummy! i followed until sauce was in then added thin cooked beef, puk choy, carrots then topped with fried shallots. Husband was impressed from start to finish under 15 mins
We really enjoyed this recipe! I changed a few things though. I halved the meat since we're cutting back and found that it was plenty; even more meaty than we needed so next time I'll do only 1/4 lbs! I also added a whole grated carrot and some chopped parsley at the very end while tossing with the pasta, I found it added a nice colour and texture to the dish. The whole thing was incredibly tasty and simple to make so I'll definitely be doing it more often. Thanks!
Delicious! This recipe is perfect for busy weeknight chefs or chefs on a budget! It is quick to put together and is really delicious. It is one of those recipes that further your meat without sacrifice to the flavor - nor does it leave you feeling that it is a budget meal. This will be made again and again in our household. The Asian spices and condiments are a wonderful addition to the ground meat and noodles... who would have thought?! I did not have cornstarch so I subbed a Tablespoon of flour and this worked well and did not interfere with the taste of the recipe. The heat was perfect for us at 1 1/2 teaspoons. BTW, I had to make this recipe after seeing peacefulnightdove's photo! Thank you so much Sharon.
Fantastic recipe, cooked it for my family ,and let me tell you I never cooked anything in my life,this was delicious. I used a lot ,more Hoesin sauce plus extra garlic and ginger plus some Thai chilli and added some thinly spliced carrots for extra colour, I have never seen so many clean plates plus everyone had seconds,
cheers Rob Fearon canada
LOVED this recipe! I added a sliced red bell pepper for color, but other than that made exactly as directed. Wonderful!!! In the future I will try this with ground chicken and/or pork. Thanks for sharing!!
Wow. This was delicious. I did sub the 2 Tbl oyster, 2 Tbl Hoisin and 3 Tbl Soy as some suggested (I had the oyster sauce, so wanted to use it). My husband and I really loved this. I used 1 1/2 tsp of the red peppers--it was perfect for us, but we like spicy!! Great recipe, thanks for sharing!
WOW - this dish is a keeper! My family and I just loved it! I had bought the hoisin sauce some time ago to make this dish, so had all the ingredients on hand. This recipe has been added to my "regulars" that my family and I enjoy. Thanks so much, Sharon!
NOTE: For those of you who didn't know where to put the sesame oil - you saute onion and next 4 ingredients in the hot SESAME oil until tender - #2.
Very good, has become a regular at our house. I cut the sesame seed oil in half to suit our tastes.
My family ate this up! it was flavorful and easy
The first time I made this I got it way too hot - I think I measured the red pepper wrong! The recipe makes a lot, so the next time I made it, I halved the recipe and used 1/2 tsp. of red pepper flakes and reduced the hoisin sauce to about 1 Tablespoon, and that was just right. Still spicy enough to have a kick but not to set my mouth on fire. Very good! Definitely a keeper. Thanks!
This was really good, and delightfully spicy. Also really easy to throw together. Yummy.
Quick, easy dinner with ingredients that I had on hand. Exactly what I look for in a recipe. I cooked the meat and sauce mixture in the morning and then that night heated some noodles on the stove and reheated the meat mixture. I did omit the dried chilli as we have a 2yo and she's not a great chilli fan yet but then just sprinkled the flakes on top of the ones that like chilli. Next time I'm at the butchers I will be buying some ground beef in bulk and cooking a large batch of this meat mixture to freeze for times when I need a quick easy meal. Thanks Sharon for a keeper.
very good.
This was really yummy! I didn't have hoisin sauce, so used oyster sauce with a few tblspns of szechuan sauce and sprinkled some sesame seeds at the end. Loved using vermicelli with this - Delish! Thanks again for posting!
Wow! what great flavors!! This is a keeper. I doubled the sauce as suggested, added a hand full of shredded carrots, bias cut celery and some mushrooms as well. I served it over the top of the noodles the way I do spaghetti and meat sauce. :-) Thanks for sharing this great recipe. Koechin/Ingrid
Made a good, quick dinner. Served with edamame. Thanks for sharing the recipe!
This was loved by all in my family. I added a package of frozen stir fry veggies. I have made it with stir fry beef and with the ground beef and we like it both ways. Can't wait to eat the left overs for lunch. Thanks Sharon! :)
I never thought I'd get excited over ground beef! This is perfect for when you are just sick and tired of the same-old ground beef recipes. I made this just as written, but doubled it (I didn't double the red pepper flakes though). This has tons of great flavor. I served this with steamed cauliflower. Thanx for posting this. It is a keeper for sure!
This was very good. Nice twist on ground beef. Made for Make My Recipe.
Lovely recipe, will make again!
This meets my WOW factor and rates five stars! Can't go to China tonight? This recipe may be the next best thing. I cut back the onions to 1 cup but otherwise made it exactly as written. Takes a small amount of prep time but is easy to put together. Thanks for the recipe!
Very yummy, although I found it a bit oily. I think I'll reduce the sesame oil to 1 tablespoon next time.
I had this cooked ground beef and didn't know what to do with it. Came across this recipe and decided to give it a try. It was pretty good. My husband enjoyed it and told me I could make it again. I did change a few things. I didn't have any vermicelli or beef broth, but I did have beef ramen! So I used the flavor packet as the broth. Basically the packet is all sodium so i reduced the soy sauce to 1 teaspoon.
My husband and I enjoyed this recipe. It was easy to make, came together quickly and I had most of the ingredients on hand. I followed it as written, using extra-lean ground beef. It truly is quite spicy (maybe a bit too spicy for me), but my husband, who loves especially spicy things, thought it was perfect. It was definitely too spicy for our two young children, however. I may cut back on the crushed red pepper next time, so they can enjoy this too. But we will be making it again. Thanks for sharing!
Great meal. I used ground pork instead of beef. Also, 1 1/2 tsp crushed red pepper is great for those folks that like an extra kick, if not, slightly reduce the amount but do omit it - it works well with the ginger (in my opinion the secret ingredients).
Just fed my 18, 19, &amp; 20 year old tribe this dish. It was fast, easy, and inexpensive.
I felt like it needed more veggies than onions, so I added some green beans on top.
just ok
this was delicious, and so easy. i made it to go with several other asian style dishes, it was the first to disappear
Pretty good .only used 1/4 tsp crushed red pepper which wasn&#039;t to spicy but may cut down to a little less next time
Sorry, but no one here liked this, not even son, who seems to enjoy most anything. I ended up throwing the whole thing out.
I followed this recipe exactly, except only used 1/4lb. of ground beef. The flavor was great, the texture a little strange for an oriental dish (not bad, just a texture I usually associate with spaghetti sauce). Thanks!
My DH and I really liked this a lot. The flavor was really different than what we usually do with ground beef. The texture was a bit strange (my DH's words not mine)and we think it would be better with a cubed beef or even chicken.
This was okay, I guess I had higher expectations. I used beef chunks instead of hamburger, so maybe that made a difference. It just felt like something was missing. If I make it again, I think I'll use it as a side dish, and not the main course.
Sharon, this is just the best! I made this two nights ago for DH and me and we both enjoyed it immensely! The sauce was wonderful, tho I may double it next time...and there will very soon be a next time, for sure! I didn't have vermicelli so I used linguini, but everything else I did as instructed. The pasta didn't make any difference in the taste at all. My son is a vegan and DIL a vegetarian, so I will sub the beef for TVP crumbles and soak them in veggie broth, but follow your recipe exactly with only these two exceptions. It can't be anything but a 5 star aas well, even with those changes, I am sure. Now I am looking forward to their visit so that I can make the veggie version of your recipe! Thank you so much for the wonderful recipe.
this is really good! but i have to admit that i didnt like the smell of it. i also put more beef broth in mine to make it saucier.
I made this with ground turkey and it was outstanding! I turned it into a one-dish meal by adding mushrooms (sauteed them just before adding the sauces), leftover cooked broccoli, chopped bamboo shoots, and a sprinkle of peanuts. I served it with soba noodles. It tasted like something we would get in a Chinese restaurant--couldn't even tell it was ground turkey. This will definitely be a regular item on our menu.
We loved this as did many before us apparently! I used ground turkey and oyster sauce and also added Sriracha Vietnamese hot chili sauce to use at the table and it was VERY good. I will make this again many times. And yes, the leftovers are great! I also want to try adding some cabbage and some broccoli, this would be good with pork or chicken also.
WONDERFUL!!!!! I have fixed this twice now: Once just as the recipe says w/ a little less than 1/2 tsp of red pepper flakes. The Second time I double everything except the hamburger and the RP flakes. Instead of doubling the hamburger I cooked 1 lb of hamburger and added frozen green peas. This made the dish even better and my &quot;I don&#039;t like peas&quot; children ate it all!!!
I have made this twice already. It is so easy and simple and very good. A nice way to spice up ground beef. I found serving over rice is better than over noodles, but that is just my opinion. Will make again! Thanks for the easy and tasty recipe.
I made these noodles with out the beef and added a variety of vegetables, but left all the other ingredients the same, and the family loved them! cannot wait to make this recipe again!
This is just great, and so easy! I wanted some veggies added in, so I doubled the sauce, using a splash of sherry when I ran out of hoisin. Thanks for a great spicy dinner!
found the dish quite tasty, but not exceptionally wonderful. easy to prepare. thanks!
Very tasty and easy! I cut the hoisin (as mentioned by others) to 2 tb and upped the soy by about 1 tb. I also only used 1/4 tsp red pepper (I'm a spice weenie) and my husband adjusted his serving's heat using chili paste. We enjoyed it immensely, and will definitely make it again! It's a great recipe that can be adjusted in all sorts of ways according to the intended audience or the mood of the cook.
Awesome! Made with home made sause.
This was a very unique recipe. I made it exactly as written. I love the convenience of ground beef, although I used ground chuck because that is what I had. But next time I think I will slice some sirloin really thin and use that. I will also double the sauce and add some vegetables...broccoli and carrots, maybe some red bell pepper. I absolutely love the flavor of the sauce, there just wasn't enough of it! Thanks for posting a really tasty recipe! Made for Everday is a Holiday tag.
What a great and different recipe for ground beef! Super quick and easy, this is a wonderful home-cooked meal that tastes like delicious take-out. The amount of spice was just right, and I liked the technique of sauteeing the crushed pepper with the onion. Not very "saucy", but that's OK. Terrific!
I've made this a couple of times. I was really surprised I liked it as much as I do. The next time I make it I will use a thinner pasta. The one I used took over the entire dish.
Sure was good! I followed to the letter but found that this was a good place to decrease red meat. I split my meat in two thus using only a 1/4 lbs. and it was not missed in the least! Thanks for a great and easy recipe...this is a keeper.
I liked this! It was fast, easy and tastes great. I cooked the ground beef until no longer pink, then add onions and squash (as another reviewer did) and all the spices. Cooked until the vegies were done. Mixed in the hosin, then add the mixture of beef broth and corn starch. Simmered to let it thicken and for the flavors to blend. I tossed it with speghetti that was subbed for the vermicelli. All in all a very quick meal to make, would serve alot easily and tastes good. Thank you for posting Sharon123!
I had this for breakfast today and shared with 2 of my coworkers. We loved it! The sweet and spicy sauce was fantastic! I highly recommend doubling the sauce ingredients and adding a little beef broth or water when reheating. Thanks for sharing this super recipe, Sharon!
We have this at least once a month. It is an easy and yummy recipe that we love! We generally use whole wheat noodles and add in extra carrots with the onions for some extra nutritional value. Thanks for the great recipe, Sharon!
This was very good. I left the hoisin sauce the same to mellow the spicy for my kids. I would like to try this sauce with julienned beef over rice!
This was okay. My family gave it about three and a half stars. I think what they didn't like was we are so used to the traditional sliced beef, and this was more like an asian sloppy joe over pasta.
I do not often make Szechuan-style dishes (nor order in restaurants) so my comments might be out of place. I thought this was very one-dimensional. Even with the smaller amount of red pepper (1 tsp.) it was all heat, without any other flavors (except the slight backup of beef). The portions were also a little light, but since there are few vegetables in it, perhaps a side dish would be appropriate. I would have been inclined to award only three stars, except that my husband and my son both ate every bite - no mean feat.
Loved this!! made with thin whole wheat spaghetti and extra crushed red peppers...we love spicy!!
This was so tasty. My family and I really enjoyed it. Since I didn't have hoisin sauce I used oyster sauce and it worked out great. Next time I will probably add some broccoli or peppers.
This was edible for the first bite or two, then it was overwhelming. 
Wouldn't make it again.
I was so looking forward to making this dish. I finally did, and was disappointed all around. The flavors did not mesh, the ground beef did not take on the flavor of the other ingredients, the noodles seemed separate from the rest of the dish. I will NOT make this again. Will keep looking for an alternative.
This is a great recipe. I made two small adjustments: 1- cut down on the crushed red pepper for the kids, and 2- doubled the recipe. Everybody loved it. The adults didn't miss the extra red pepper, and the best part is that I have some left over for lunches. This definitely goes into my "keepers" file. Thanks Sharon123!
This was a great change of pace for ground beef dishes. I ended up using double the amount of beef broth because it got too thick (I had to hold it on the stove for a few extra minutes). I also subsituted ground venison for the ground beef. Definitely a Keeper!
Very good,fast and easy. Didn't think I could handle crushed red pepper but it's great in this recipe.
Very disappointing! This recipe looked like a good blend of spices. We were not happy eating this. Sorry. It was a bland, uneventful, waste of good ground meat.
I needed a fast meal that used numerous ingredients in my fridge (headed on vacation and I hate waste). I decided on this recipe because I had veggies, ground beef, and lots of asian ingredients. I did as others said and did half oyster and half Hoision sauce. I added onion, yellow peppers, and zucchini as my veggies. I did not use crushed red pepper at all. I instead used 5 thai chili peppers that I keep on hand in my freezer. My husband is Korean so spice is a must for us. I was so surprised at how delicious this turned out! I used spagetti noodles, but next time I will plan ahead and buy Lo mein noodles from the asian market. For a quick meal this is a keeper.
This recipe is awesome! Took no time at all to prepare and was so delicious.
You're right a new twist on ground beef..a new wonderful twist!
Thank you for sharing.
I've made this twice and the family loves it. The first time I didn't have fresh ginger and that makes a huge flavor difference. I use 1/4 hoisin sauce and that is enough for our tastes. Just as good with spaghetti noodles, too. We will make this regularly. Thanks, Sharon!

Roxygirl
Made this the other night for dinner and it turned out pretty good. I think next time we make it will add another half pound of ground beef (per DH request). I did add a teaspoon of garlic and red chili paste too for some zip (again for the DH). A keeper for sure. Thanks!
This was so good! I think next time I will serve it over whole wheat spaghetti though. I doubled everything except the hoisin sauce and crushed red pepper, I left them the same. It was perfect! I thinned the sauce with a little rice wine when it got a little thick. Yum! I will be making this again and again.
I love this recipe and I'll be making it often. It was kind of fun to make and it was so easy. I used 1 teaspoon of the crushed red pepper and the spiciness was just right for me. Thanks for posting your fabulous recipe.
Very torn about this review. When I review a recipe, I usually divide it in half and make it the original post and then add my changes. So here is the review.<br/><br/>First, I really didn't like the texture of the ground beef. I asked my butcher to take a round steak and rough grind it. It gave me a more steak like texture and that made a huge difference for me in the overall taste.<br/><br/>Second, I didn't find too much red pepper, it was fine for me.<br/><br/>Third, I did add broccoli because it was just to one dimensional for me, it need some texture and different flavors. I did use fresh broccoli and some fine match stick sliced carrots, just for a little crunch. I think that helped.<br/><br/>Overall the flavor was good, I used a good szechuan noodle but the sauce was not bad.<br/><br/>As one poster mentioned, it reminded them of an Asian Sloppy Joe over noodles. I agree in a way. That is why I think the carrots and broccoli and the meat texture really changed the texture, but not necessarily the flavor. I purchased my ground sirloin right at the regular grocery store. I just asked the butcher to rough grind it for me, or you can do it yourself at home. I think it really helped the overall recipe.<br/><br/>I will try it again with a few changes. 3 stars for the texture and presentation; but 4 for the overall flavor<br/>Thx, Kim
This was a nice concept of a meal, but it just didn't work for us. We LOVE spicy food, but even I felt that 1 tsp of crushed red pepper was too over the top. I used part Sesame Oil, part canola oil, but otherwise followed the recipe to a 't'. My lips were on fire and I couldn't taste anything but hot, and occasionally I tasted plain ground beef. But,Before I added the red pepper, I enjoyed the taste of the sauce. I guess I should have followed the cardinal rule: you can always add MORE red pepper, but you can never take it out!
I wasn't sure about this, since it has hoisin (which I'm not a huge fan of on its own) but it turned out somewhat reminiscent of sesame noodles. Instead of beef broth, I always use a bouillon sachet mixed in water (cheaper and portion controlled). We ate this with linguine instead of vermicelli. I also reduced the hoisin to 4 tablespoons with success. Omitted the green onion as well as we didn't have any.
Fast, and easy with a kick. Followed to the "T". Great thing to do with Gr. Beef. Thanks Sharon123
Made this the other night and it was a big hit in our home. I made some changes-did not have any hoisin, had to use oyster sauce instead. Also, I wasn't sure where to add the sesame oil, so after I drained and rinsed pasta, I tossed them in sesame oil. I will definitely be making again, but will be sure to buy hoisin for this. Thanks, Sharon123!
Very good and so much better than what you find at the typical Chinese restaurant. Made according to recipe.
I wish I could rate this way more than 5 stars, this recipe is FANTASTIC! I pretty much made this as stated only with a couple minor amount adjustments, I am going to try this using pork or beef strips next time, we loved this, thanks for sharing hon!...Kitten:)
We liked but didn't love this recipe. However, I think that was my fault. I didn't use enough of the crushed pepper to couter act the sweetness of the hoisin sauce so it ended up being sweeter than I thought it would. Otherwise, it was pretty tasty and I'll try it agian with less hoisin sauce and more spice.
In the middle of cooking I was searching my fridge for my Hoisin sauce..but no such luck. I know it's here somewhere. Then I was going to substitute as some others did with oyster sauce but the date on my bottle was either buy before or use before and I wasn't sure but it was past due and I didn't want to take a chance. So I made this dish without either of the sauces....darn....but it still tasted real delicious. It needed a little sweetness which I guess comes from the Hoisin sauce, but next time I will make sure it is added. As well I would put in more crushed red pepper, I didn't find it spicy at all. I also used Udon noodles...mmmmmm. My DD enjoyed this as well, and we know teenagers. It made for a nice change. Thanks for posting this wonderful recipe.
Russell cooked this for our dinner tonight. He said it was fast, and easy to make, and I reckon it was fantastic to eat! Such a yummy way to use mince and vermicelli. Thanks Sharon.
Wonderful! I made this using ground turkey, oyster sauce (didn't have hoisin on hand) and whole wheat angel hair pasta and it was fantastic. Everyone loved it.
We really like this! I only used 2 tsp of the sesame oil to help with the fat content. Thanks for posting! Yum!
my daughter albsolutely loves this.
She leaves to university next week and she will be taking this recipe to share with her dorm mates.
thank you
This recipe was not a hit with my family. I found it to be too blah and not saucy enough.
I made this for dinner last night. We love noodles . This was so tasty. I pulled back on the red pepper for the kids. I also found that I did'nt need as much cornstarch as stated . Thank you Sharon123 - a great family meal.
Quick and easy to make. I really enjoyed this, thus the 5 stars, but the other half wasn't that crazy about it. It didn't keep him away from a second helping. It is something I would like to do again. The spice as listed was just right!
We added fresh broccoli, mushrooms and about 1 Tablespoon of crushed red pepper. Very short time to cook and nice and filling!
My fiance and I didn't like this...we threw the leftovers away...
YUM! Quick and easy is a real bonus too. I cut the red pepper back to 1/2 tsp. (for the kids) and let my husband add more for himself later. It had a nice bite but for the kids' taste I might put even a little less next time. Even with the spice their reaction to the dish was good. My husband loved it and wants it kept in the "make often" section. Thanks for sharing!
This was pretty good and relatively quick to make. I found that it took about 45 minutes as opposed to the 30 listed. I used light soy sauce and about half of the hoisin sauce and crushed red pepper called for and it was spicy and sweet enough for our tastes. I will make this again and serve with some mushrooms and broccoli as suggested by another reviewer. Thanks for posting!
Great recipe! It&#039;s a keeper, I added some stir fry veggies! Delicious! Definitely need to adjust red pepper to taste.
Loved this recipe! Definitely will become a regular in our house. Used chicken broth instead of beef. I also threw in some red bell pepper with the onion. I will reduce the hoisin sauce next time, though, and probably add a little more soy. Thanks for a great recipe that uses an inexpensive cut of meat!
Delicious and quick enough to make on weeknights! This has become a favorite in our house!
chef 161650 from Ottawa,ON

great taste,would also be good with chicken and beef strips. Almost a General Tao taste.
This was delicious. I did double the sauce as suggested. Easy to make and great taste! Thanks for a great recipe!
I came across this recipe while trying to find something new for ground beef. I wasn't quite sure that my DH would like it, but he did. In fact, he loved it! Thanks for the post - I will definitely make this dish again!!
My kids really liked this recipe the way it is-no veggies-DH and I like some veggies wit dinner so, next time I make this I will probably double the sauce and add some broccoli heads and some matchstick cut carrots. We served it over rice noodles, and it had a very good flavor. Definetly a keeper. thanks Sharon123!
My MIL just called to say how good this dish was after she ate a serving of leftovers. As leftovers, it went into one container....nnodles in w/ the meat/veg/sauce mixture. The next night it was even better. I had a red bell papper that was about to expire in the crisper, so that and some snow peas were added for color and texture. I used ground chicken, 2 TBSP soy sauce and 2 TBSP hoisin along w/ the broth and cornstarch. I'd never bought/tried hoisin sauce and I liked the taste of it out of the jar and knew it'd be a good thing. 8 ounces of the spaghetti I used cooked up to be just the right amount for the sauce part. I think next time I'll make it a day ahead and combine the pasta and sauce, refrigerate and have it heated up the next day. Either way, tho, this one is a definite keeper.
This was nice for a change. I expected more flavor though, but then again, nice for a change.

Thanks
All I can say is.... YUM! It is ten a.m. and I just ate my leftovers for breakfast. (I usually never eat leftovers so that is saying a lot!) I also don't usually care for ground beef. I thought the use of ground beef in an asian meal was unique but very delicious. Everything was wonderful about this meal! Because I had a closer to a pound and a half of beef and we like things saucy I did double the sauce. It worked out perfectly. I didn't think it was too hot at all but, that is because I LOVE spicy and have a huge tolerance. So next time (for my daughters sake) I will cut down on the crushed red pepper when doubling the batch and have some extra for myself on the side. So delish!
This is my husband's absolute favorite meal. Definitely something different! I literally throw everything into the crockpot except for the noodles and let it cook all day. I don't even brown the onions or meat in sesame oil beforehand, I just throw it all in raw. Then serve it over noodles. I do up the soy sauce by 1 TBSP and I only use 2 TBSP of hoisin sauce like others suggested.
This was very good and it was quick and easy to make. I used 1/4 c hoisin & 1 t of crushed red pepper and served it with rice not pasta. Texture was very good and it went very well with the rice.
Amazing! This is the second time I have made this recipe, and I did add a little less than specified of the hoisin sauce, but other than that left the recipe the same. I would recommend doubling the sauce if serving with noodles as it is very "beefy" if you do not double the sauce. Great recipe, added to our favorites!
very good recipe, even better as leftovers the next day!
